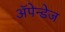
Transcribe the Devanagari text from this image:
अॅपेन्डेज